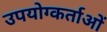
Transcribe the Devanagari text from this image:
उपयोग्कर्ताओं